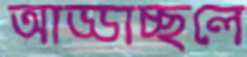
আড্ডাচ্ছলে